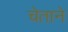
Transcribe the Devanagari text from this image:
चेताने